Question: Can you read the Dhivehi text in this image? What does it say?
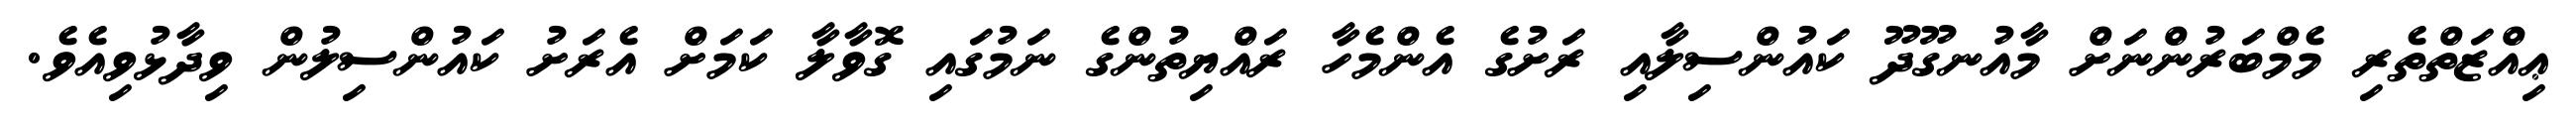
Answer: ޢިއްޒަތްތެރި މެމްބަރުންނަށް މާއުނގޫދޫ ކައުންސިލާއި ރަށުގެ އެންމެހާ ރައްޔިތުންގެ ނަމުގައި ގޮވާލާ ކަމަށް އެރަށު ކައުންސިލުން ވިދާޅުވިއެވެ.